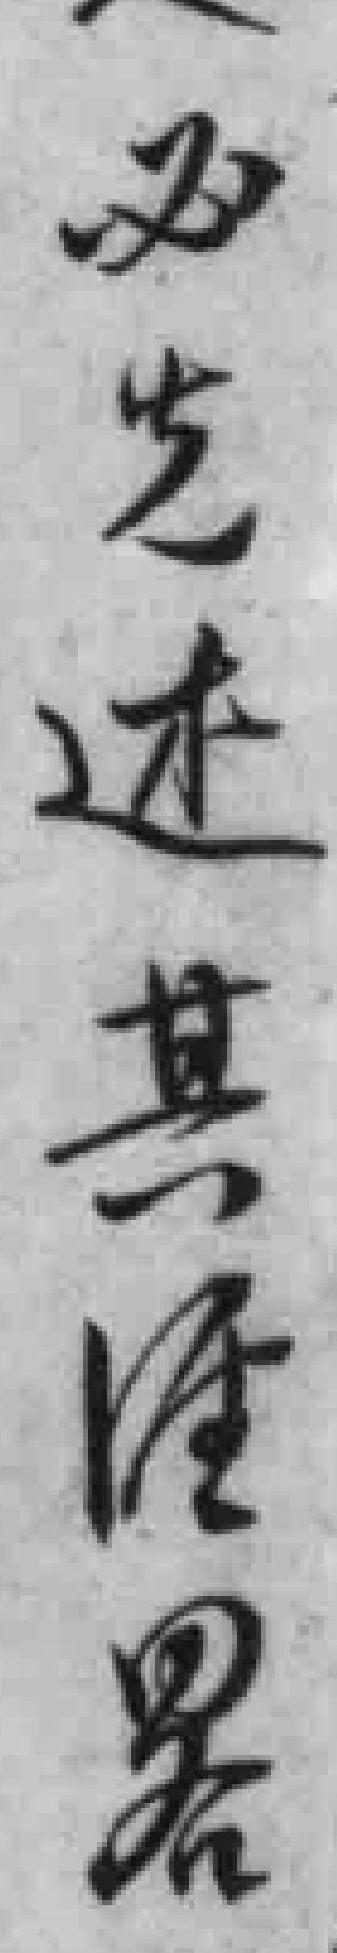
必先述其达其*畧